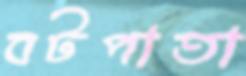
বটপাতা